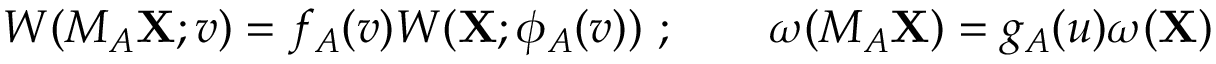
{ \cal W } ( M _ { A } { \bf X } ; v ) = f _ { A } ( v ) { \cal W } ( { \bf X } ; \phi _ { A } ( v ) ) \ ; \qquad \omega ( M _ { A } { \bf X } ) = g _ { A } ( u ) \omega ( { \bf X } )